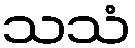
သသံ